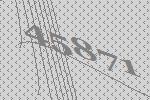
45871